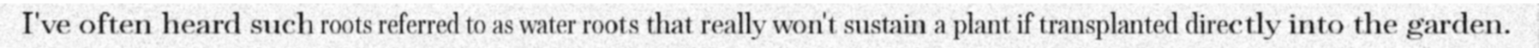
I've often heard such roots referred to as water roots that really won't sustain a plant if transplanted directly into the garden.